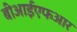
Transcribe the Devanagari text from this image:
बीआईएफआर